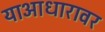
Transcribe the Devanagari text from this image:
याआधारावर